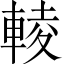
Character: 輘